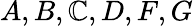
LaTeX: A,B,\mathbb{C},D,F,G